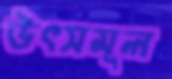
উৎসমূল